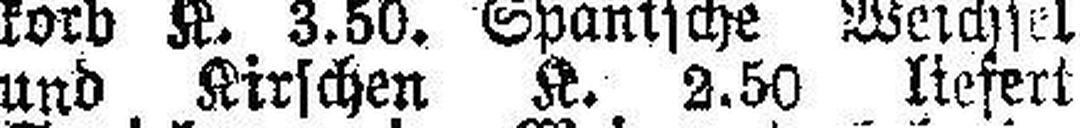
und Kirschen K. 2.50 liefert